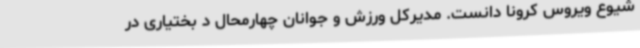
شیوع ویروس کرونا دانست. مدیرکل ورزش و جوانان چهارمحال د بختیاری در